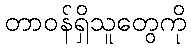
တာဝန်ရှိသူတွေကို